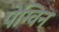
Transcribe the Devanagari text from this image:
पेग्विन